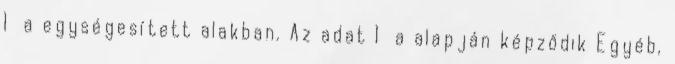
1 a egységesített alakban. Az adat 1 a alapján képződik Egyéb,